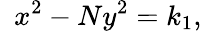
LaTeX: \ \ x^{2}-Ny^{2}=k_{1},